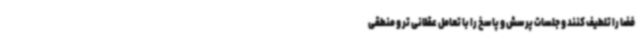
فضا را تلطیف کنند و جلسات پرسش و پاسخ را با تعامل عقلانی تر و منطقی